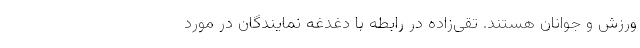
ورزش و جوانان هستند. تقی‌زاده در رابطه با دغدغه نمایندگان در مورد